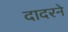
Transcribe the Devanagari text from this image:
दादरने